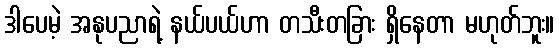
ဒါပေမဲ့ အနုပညာရဲ့ နယ်ပယ်ဟာ တသီးတခြား ရှိနေတာ မဟုတ်ဘူး။